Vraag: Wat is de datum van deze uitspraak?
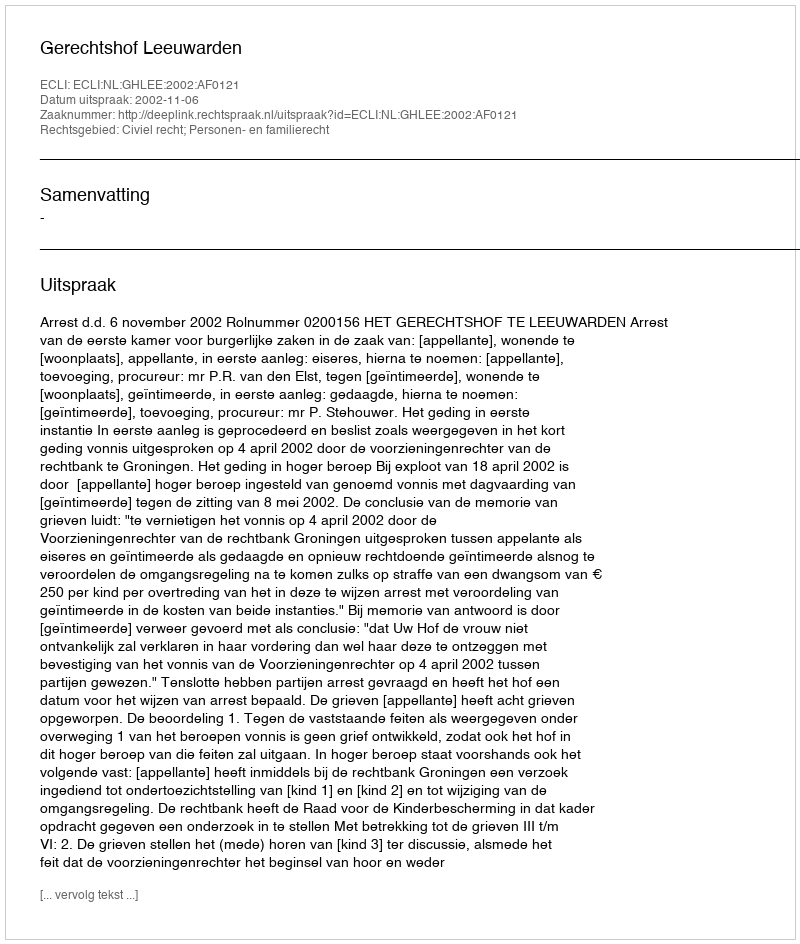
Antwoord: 2002-11-06